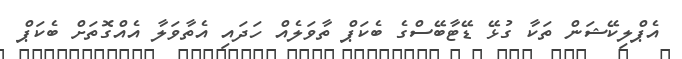
އެޕްލިކޭޝަން ތަކާ ގުޅޭ ޑޭޓާބޭސްގެ ބެކަޕް ތާވަލެއް ހަދައި އެތާވަލާ އެއްގޮތަށް ބެކަޕް